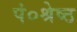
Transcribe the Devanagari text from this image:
पं०श्रेष्ठ